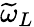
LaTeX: \widetilde{\omega}_{L}